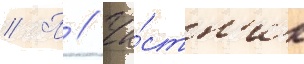
// П // Ча́стн'ик